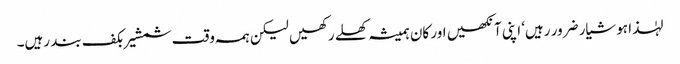
لہٰذا ہوشیار ضرور رہیں‘ اپنی آنکھیں اور کان ہمیشہ کھلے رکھیں لیکن ہمہ وقت شمشیر بکف بند رہیں۔